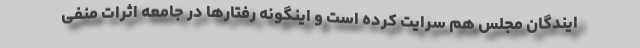
ایندگان مجلس هم سرایت کرده است و اینگونه رفتارها در جامعه اثرات منفی